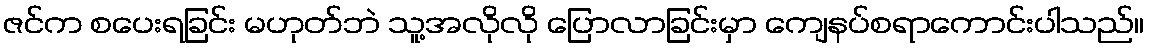
ဇင်က စပေးရခြင်း မဟုတ်ဘဲ သူ့အလိုလို ပြောလာခြင်းမှာ ကျေနပ်စရာကောင်းပါသည်။